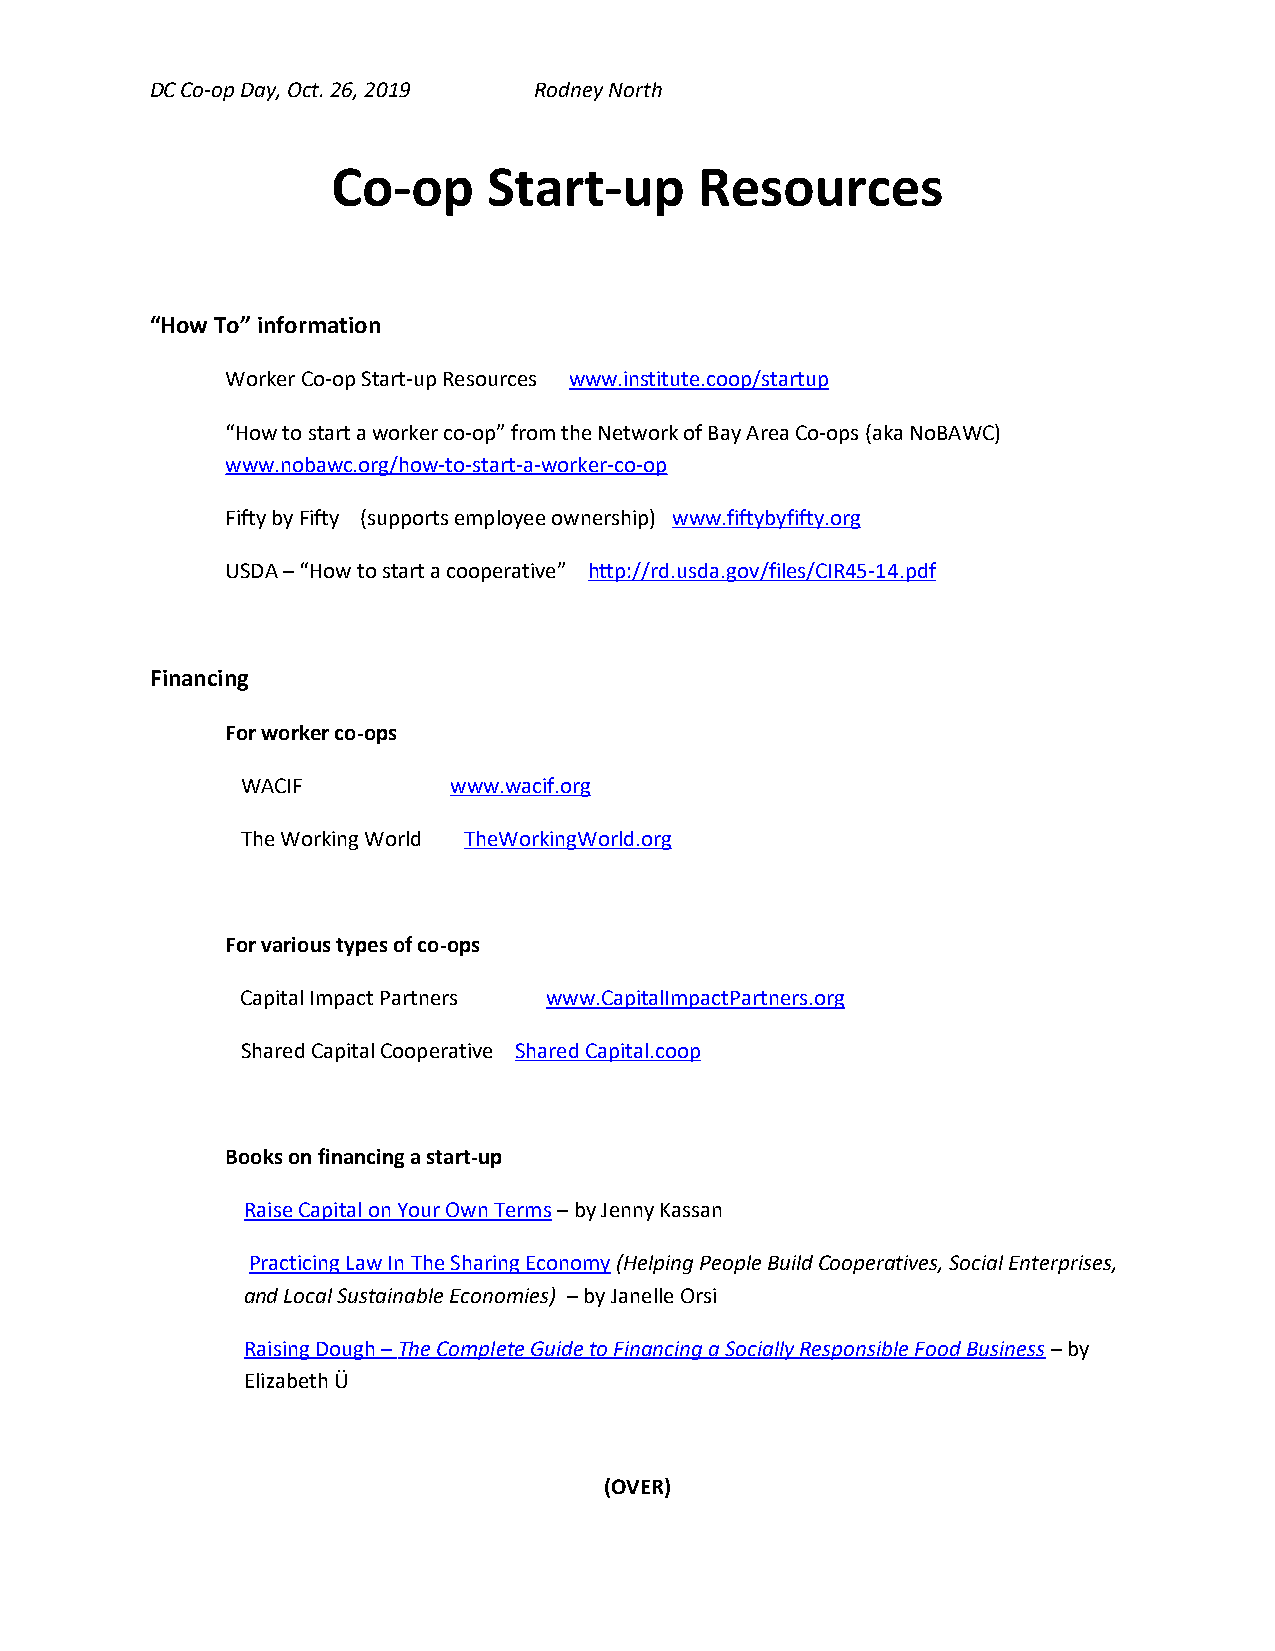
DC Co-op Day, Oct. 26, 2019 Rodney North
 Co-op     Start-up      Resources
 “How To” information
 Worker Co-op Start-up Resources www.institute.coop/startup
 “How to start a worker co-op” from the Network of Bay Area Co-ops (aka NoBAWC)
 www.nobawc.org/how-to-start-a-worker-co-op
 Fifty by Fifty (supports employee ownership) www.fiftybyfifty.org
 USDA – “How to start a cooperative” http://rd.usda.gov/files/CIR45-14.pdf
 Financing
 For worker co-ops
 WACIF         www.wacif.org
 The Working World TheWorkingWorld.org
 For various types of co-ops
 Capital Impact Partners www.CapitalImpactPartners.org
 Shared Capital Cooperative Shared Capital.coop
 Books on financing a start-up
 Raise Capital on Your Own Terms – by Jenny Kassan
 Practicing Law In The Sharing Economy (Helping People Build Cooperatives, Social Enterprises,
 and Local Sustainable Economies) – by Janelle Orsi
 Raising Dough – The Complete Guide to Financing a Socially Responsible Food Business – by
 Elizabeth Ü
 (OVER)